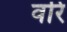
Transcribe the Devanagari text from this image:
वरि